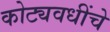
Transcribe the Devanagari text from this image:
कोट्यवधींचे